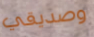
وصديقي